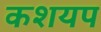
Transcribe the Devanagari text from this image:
कशयप